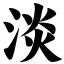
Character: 淡